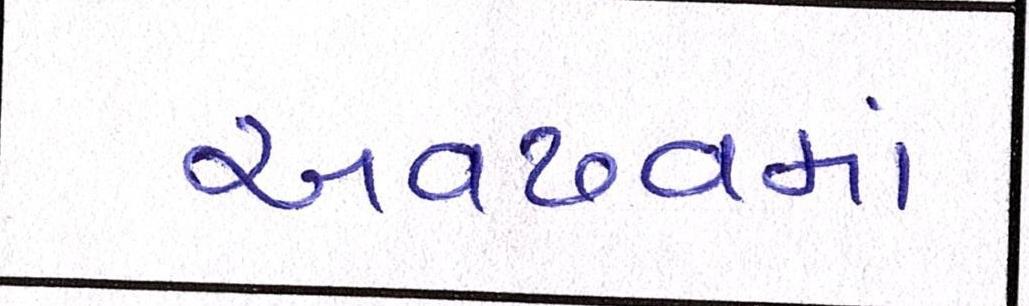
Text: અવઢવમાં